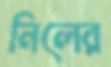
নিলের